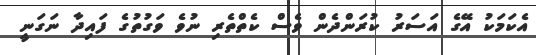
އެކަމަކު އޭގެ އަސަރު ކުރަންދެން ވެސް ކެތްތެރި ނުވެ ވަގުތުގެ ފައިދާ ނަގަނީ